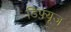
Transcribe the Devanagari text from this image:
डिफ़्यूज